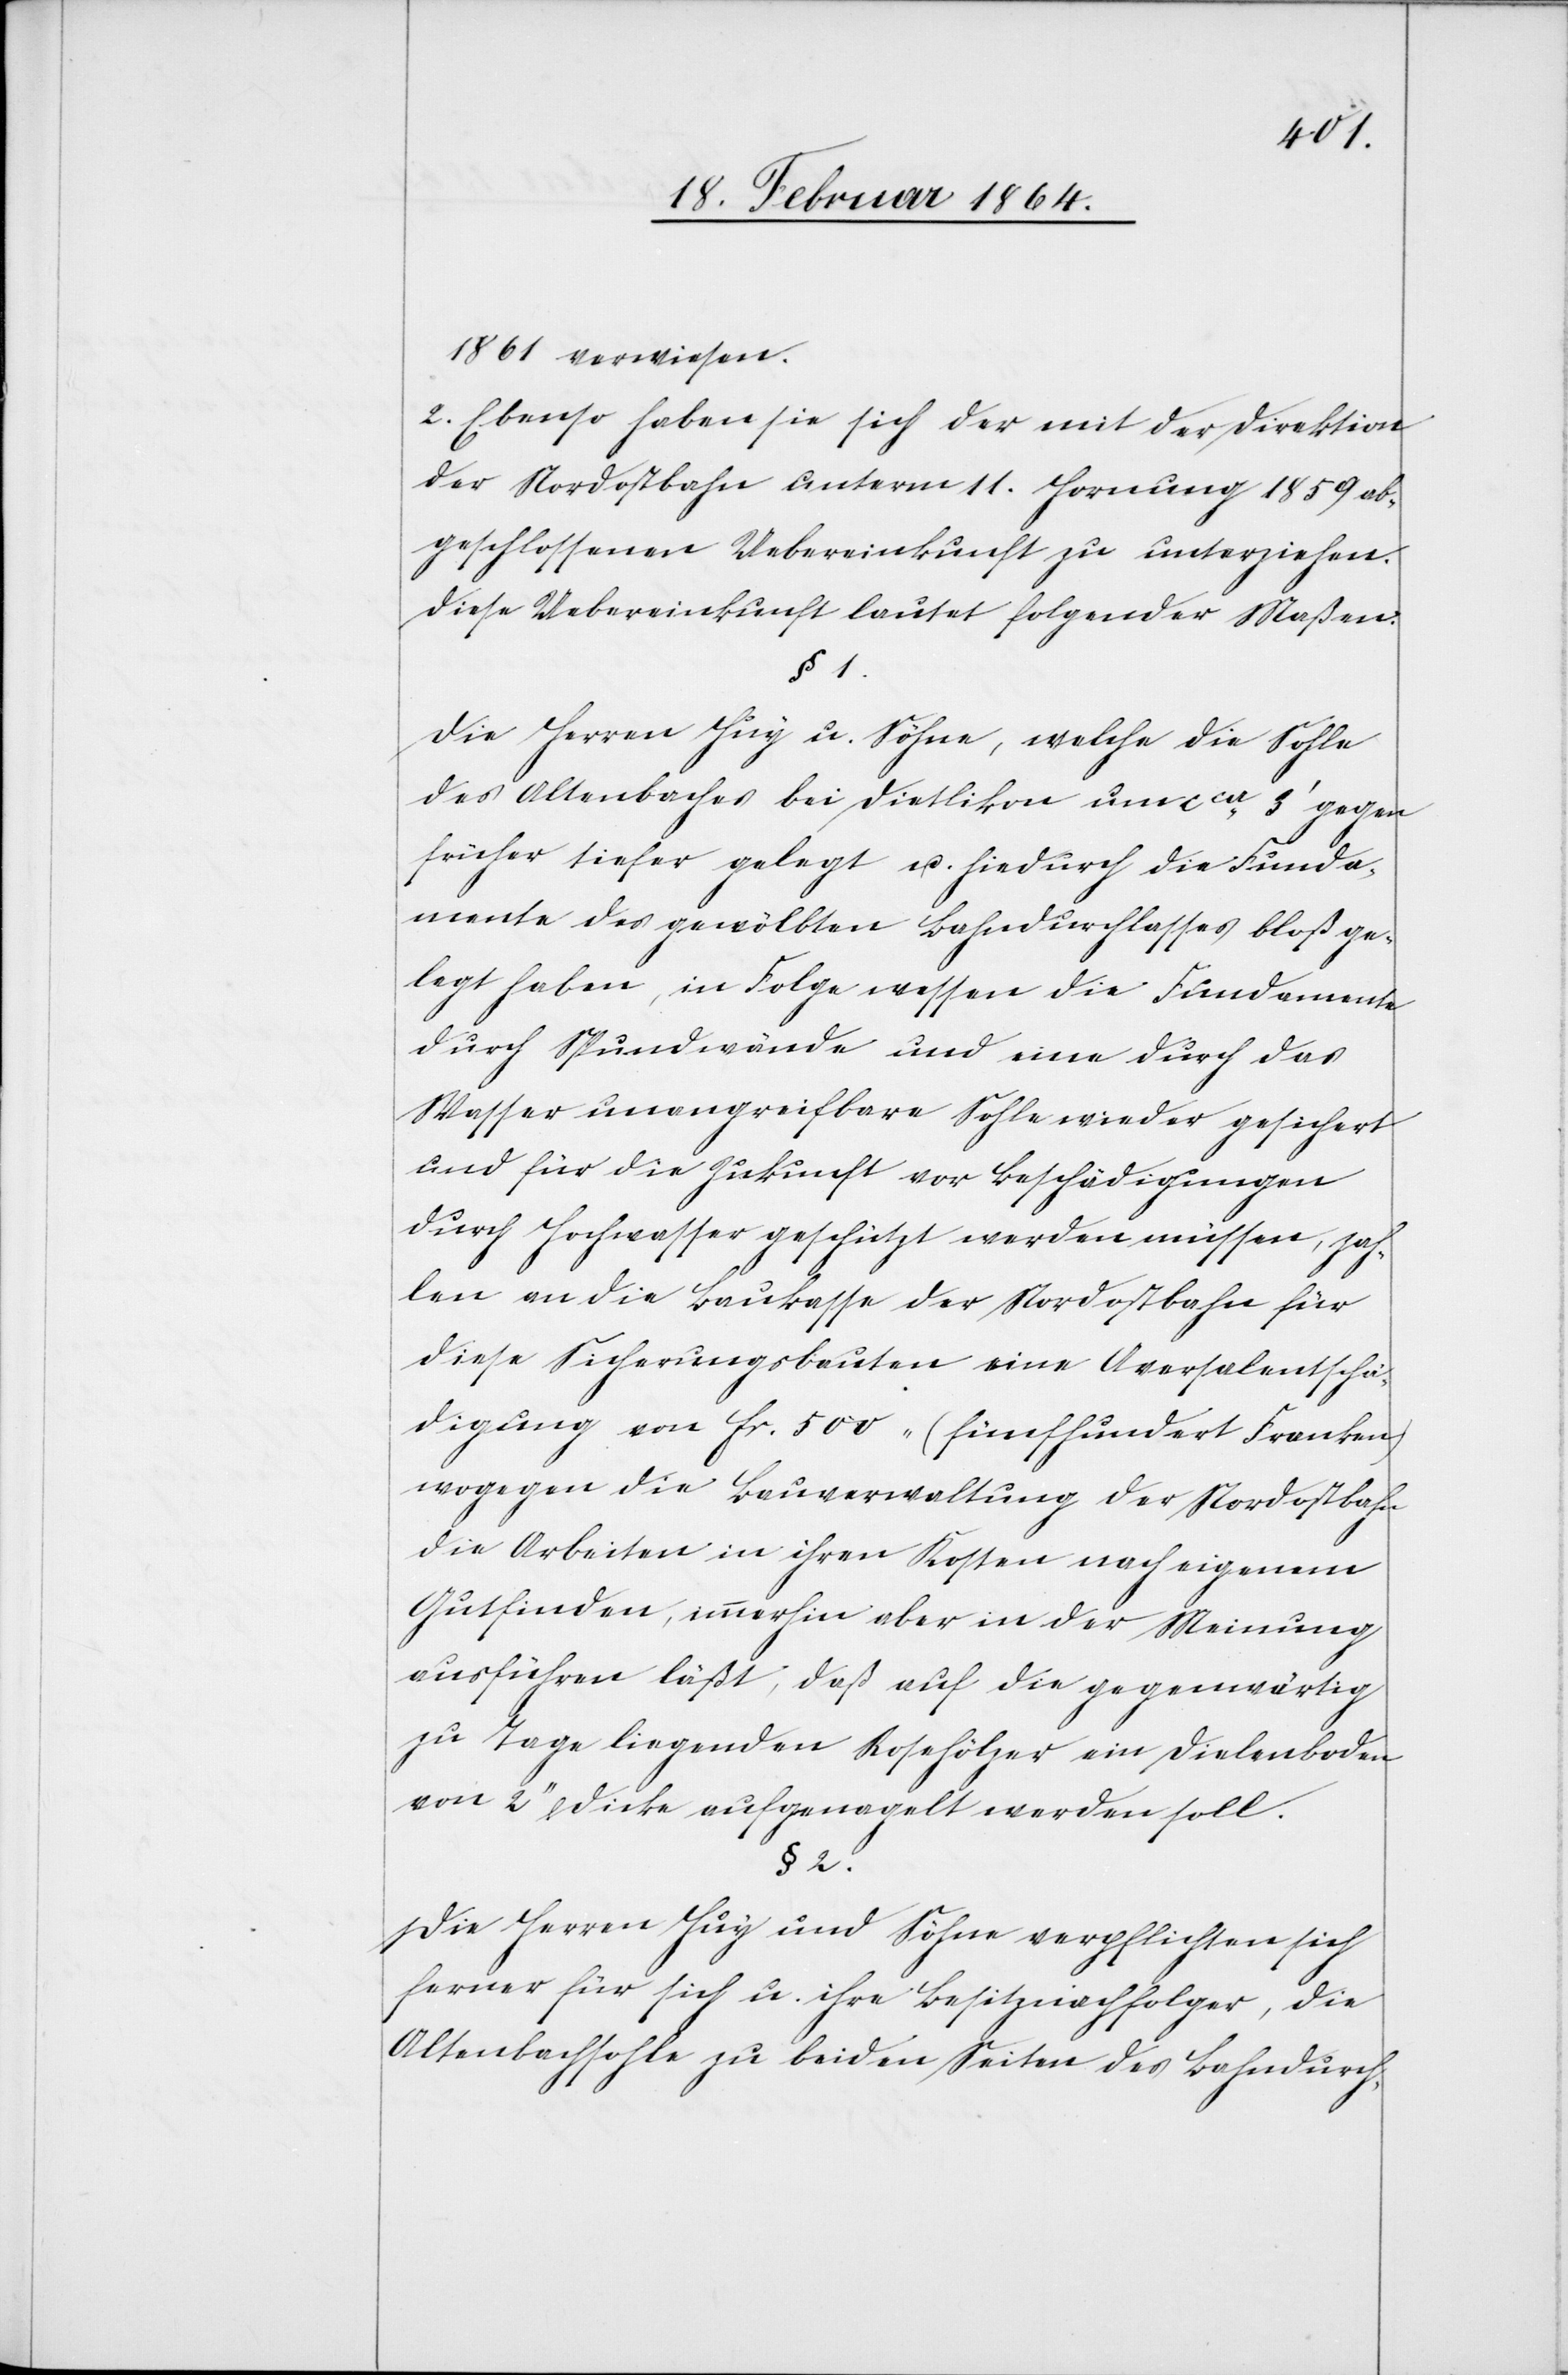
1861 verwiesen.
2. Ebenso haben sie sich der mit der Direktion
der Nordostbahn unterm 11. Hornung 1859 ab¬
geschlossenen Uebereinkunft zu unterziehen.
Diese Uebereinkunft lautet folgender Maßen:
§ 1.
Die Herren Huy u. Söhne, welche die Sohle
des Altenbaches bei Dietlikon um cca 3’ gegen
früher tiefer gelegt u. hiedurch die Funda¬
mente des gewölbten Bahndurchlasses bloß ge¬
legt haben, in Folge wessen die Fundamente
durch Spundwände und eine durch das
Wasser unangreifbare Sohle wieder gesichert
und für die Zukunft vor Beschädigungen
durch Hochwasser geschützt werden müssen, zah¬
len an die Baukasse der Nordostbahn für
diese Sicherungsbauten eine Aversalentschä¬
digung von fr. 5000 (fünfhundert Franken)
wogegen die Bauverwaltung der Nordostbahn
die Arbeiten in ihren Kosten nach eigenem
Gutfinden, immerhin aber in der Meinung
ausführen läßt, daß auf die gegenwärtig
zu Tage liegenden Rosehölzer ein Dielenboden
von 2’’ Dicke aufgenagelt werden soll.
§ 2.
Die Herren Huy und Söhne verpflichten sich
ferner für sich u. ihre Besitznachfolger, die
Altenbachsohle zu beiden Seiten des Bahndurch-